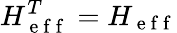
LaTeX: H_{\mathrm{~e~f~f~}}^{T}=H_{\mathrm{~e~f~f~}}